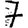
Digit: 7